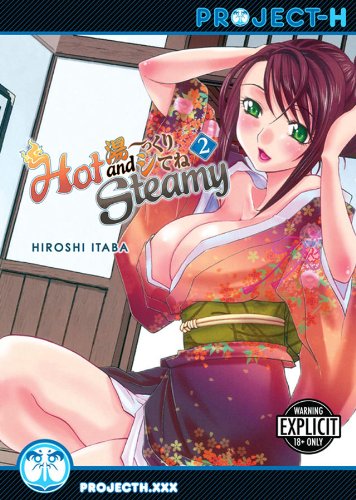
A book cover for Hot & Steamy, Vol. 2 (Hot and Steamy); Hiroshi Itaba; Comics & Graphic Novels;